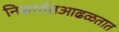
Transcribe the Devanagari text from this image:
निसर्गातआढळतात